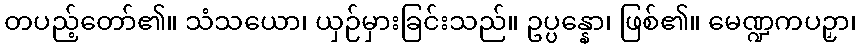
တပည့်တော်၏။ သံသယော၊ ယှဉ်မှားခြင်းသည်။ ဥပ္ပန္နော၊ ဖြစ်၏။ မေဏ္ဍကပဉှာ၊